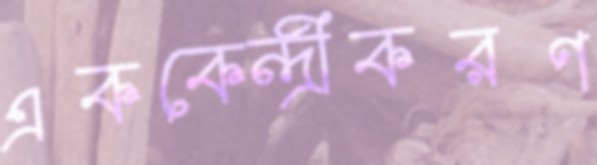
এককেন্দ্রীকরণ